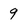
Character: 9